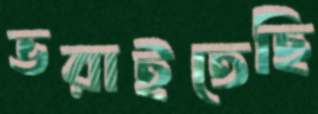
ভরাইতেছি